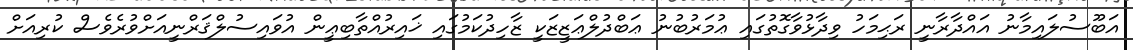
އަބޫސުލައިމާނު އައްދާރާނީ ރަޙިމަހު ވިދާޅުވާގޮތުގައި ޢުމަރުބުނު ޢަބްދުލްޢަޒީޒަކީ ޒާހިދުކަމުގައި ޚައިރުއްތާބިޢީން އުވައިސުލްޤަރްނީއަށްވުރެވެސް ކުރިއަށް